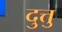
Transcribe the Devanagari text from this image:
दुत्तु